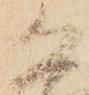
恐